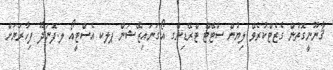
ޤާނޫނީގޮތުން ގެޒެޓްކުރެވޭ ލިޔުން ސްޓޭޓް ޓްރޭޑިންގ އޯގަނައިޒޭޝަން ޕލކ އެސްޓީއޯ ލ.ފޮނަދޫ ފިހާރަޔަށް